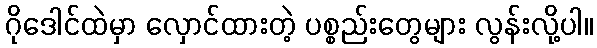
ဂိုဒေါင်ထဲမှာ လှောင်ထားတဲ့ ပစ္စည်းတွေများ လွန်းလို့ပါ။